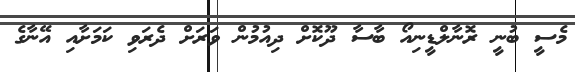
މެސީ ބުނީ ރޮނާލްޑީނިއޯ ބާސާ ދޫކޮށް ދިއުމުން ވަރަށް ދެރަވި ކަމަށާއި އޭނާގެ